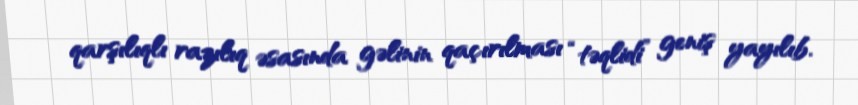
qarşılıqlı razılıq əsasında gəlinin qaçırılması “təqlidi” geniş yayılıb.